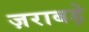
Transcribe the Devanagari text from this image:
ज़राबड़े